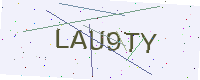
Text: LAU9TY